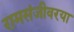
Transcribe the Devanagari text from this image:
रामसंजीवरया